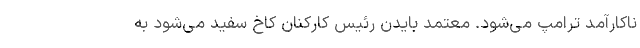
ناکارآمد ترامپ می‌شود. معتمد بایدن رئیس کارکنان کاخ سفید می‌شود به